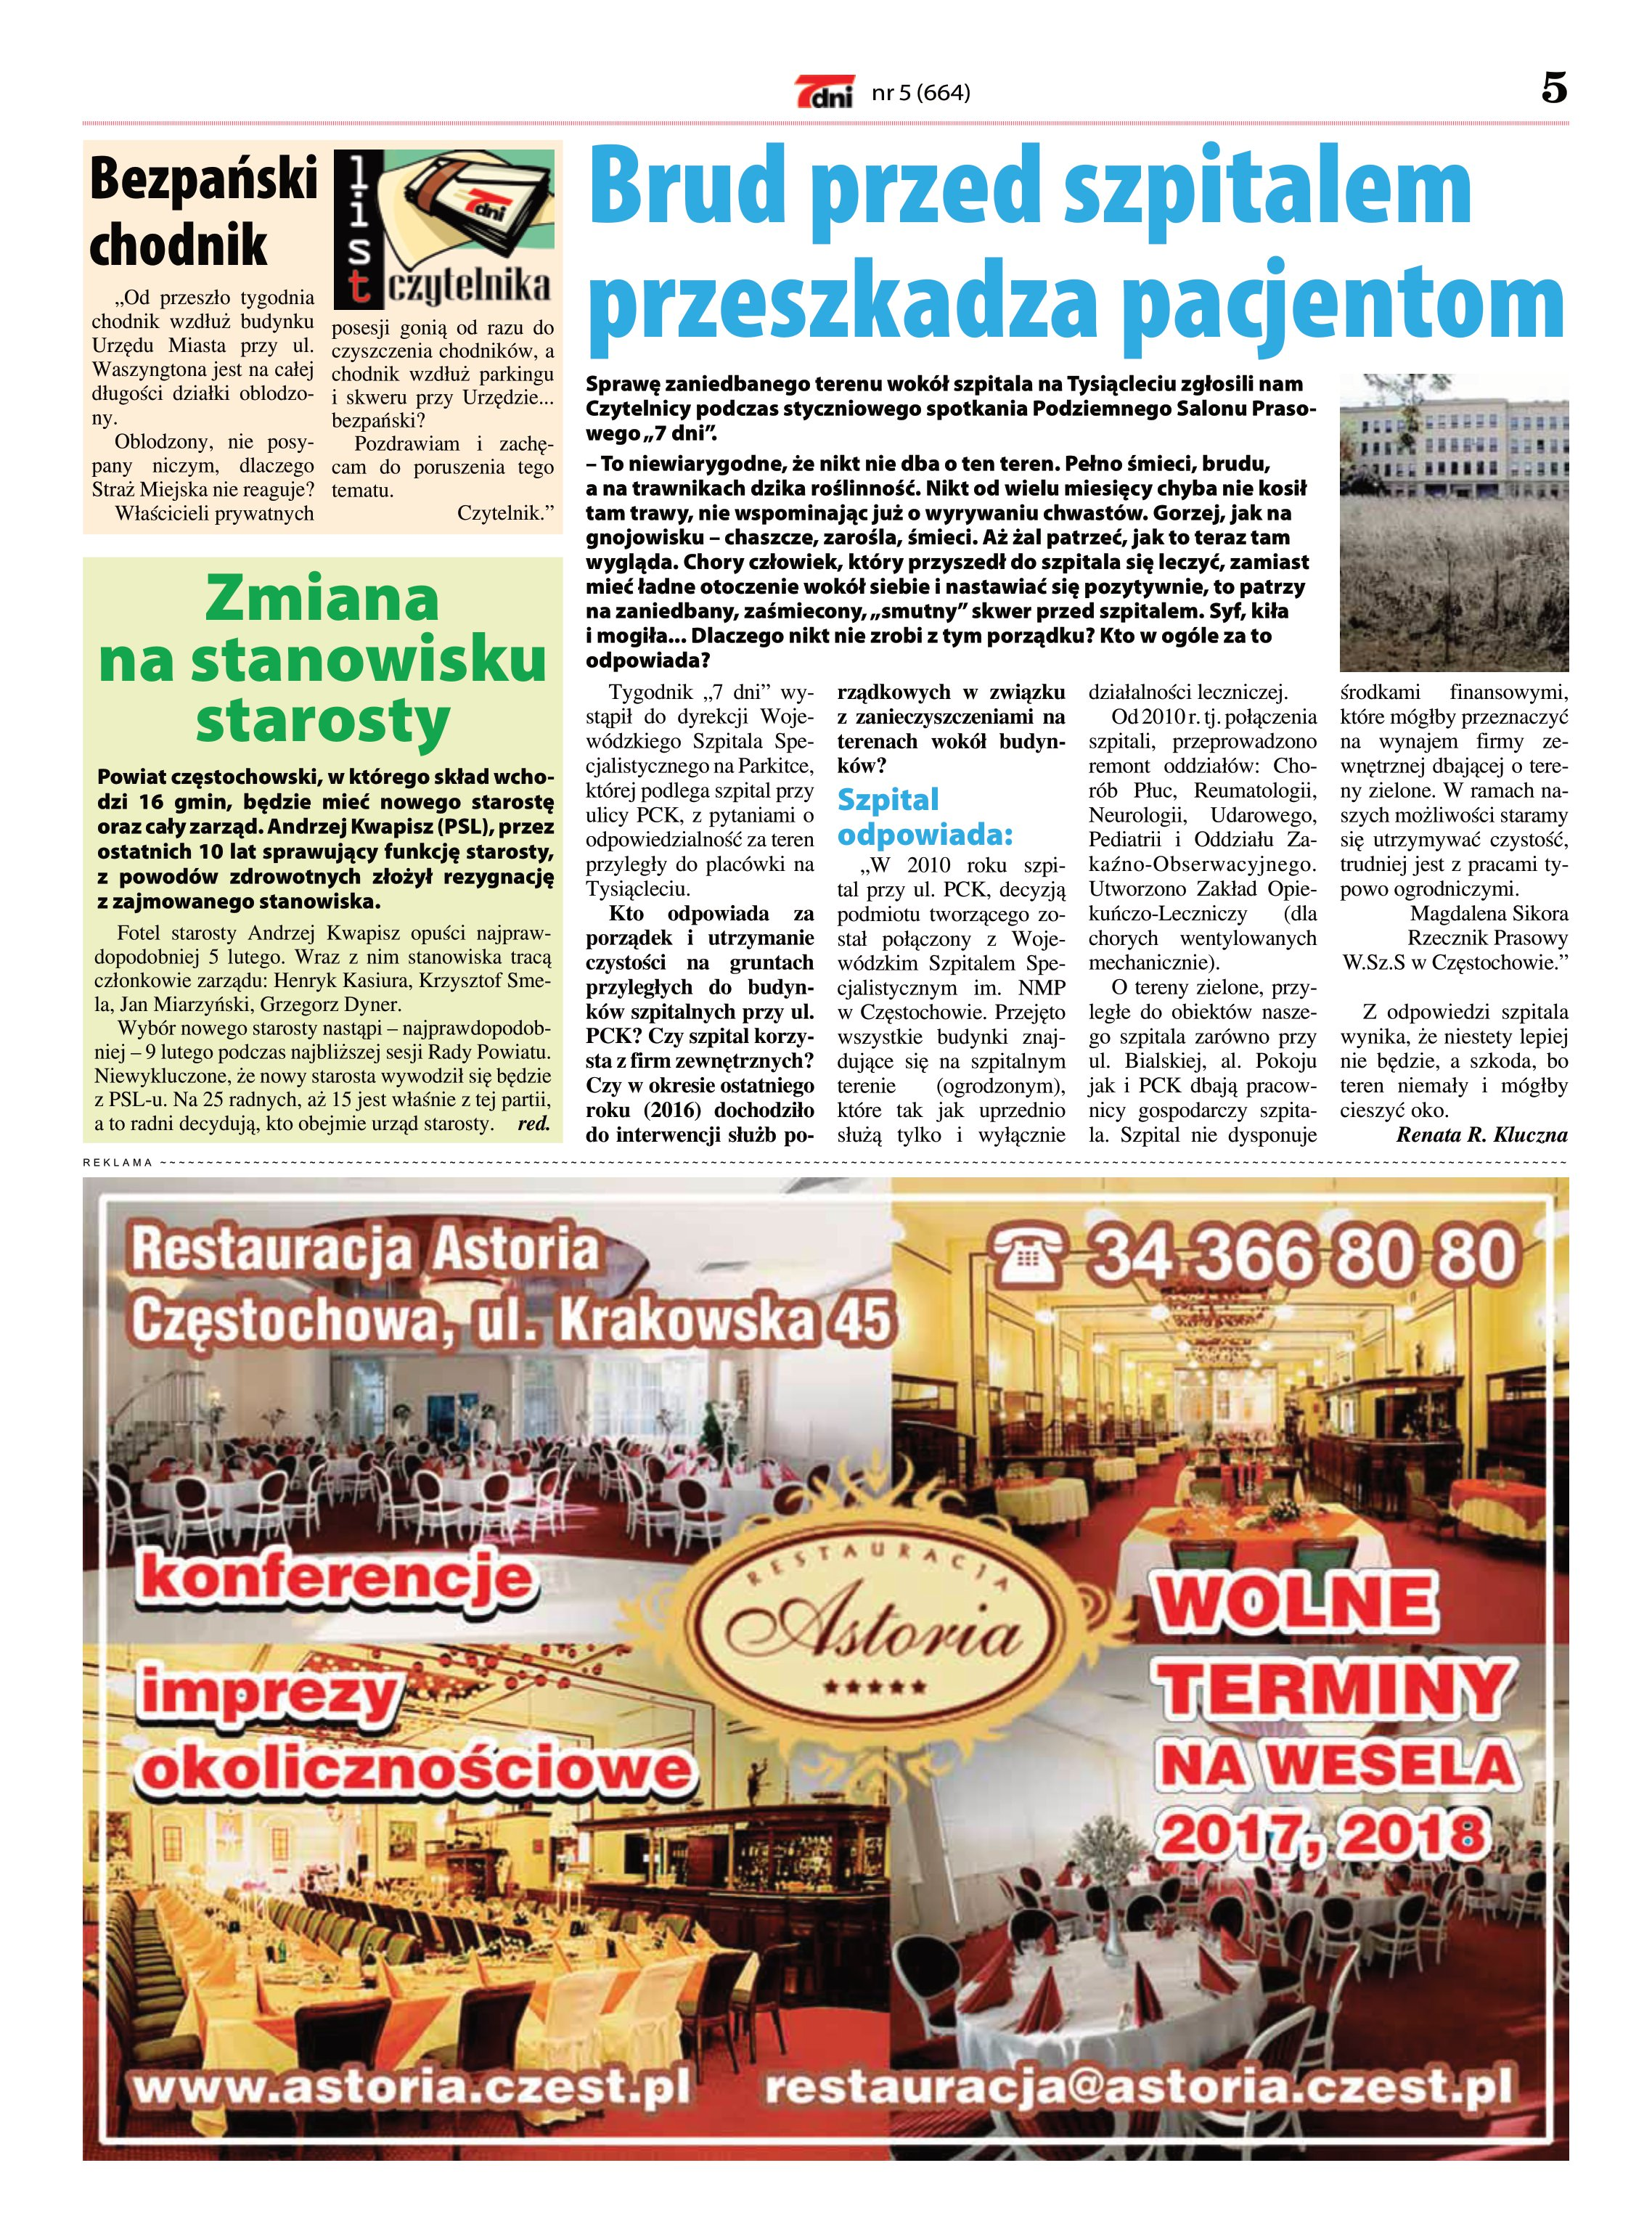
Language: pl